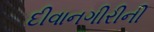
દીવાનગીરીની